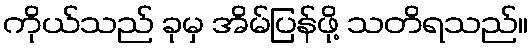
ကိုယ်သည် ခုမှ အိမ်ပြန်ဖို့ သတိရသည်။